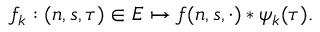
f _ { k } : ( n , s , \tau ) \in E \mapsto f ( n , s , \cdot ) * \psi _ { k } ( \tau ) .